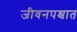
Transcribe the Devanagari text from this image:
जीवनपश्चात